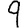
Digit: 9